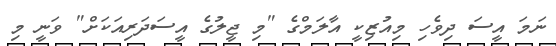
ނަމަ އީސަ ދިވެހި މިއުޒިކީ އާލަމްގެ "މި ޖީލުގެ އީސަދަރިއަކަށް" ވަނީ މި